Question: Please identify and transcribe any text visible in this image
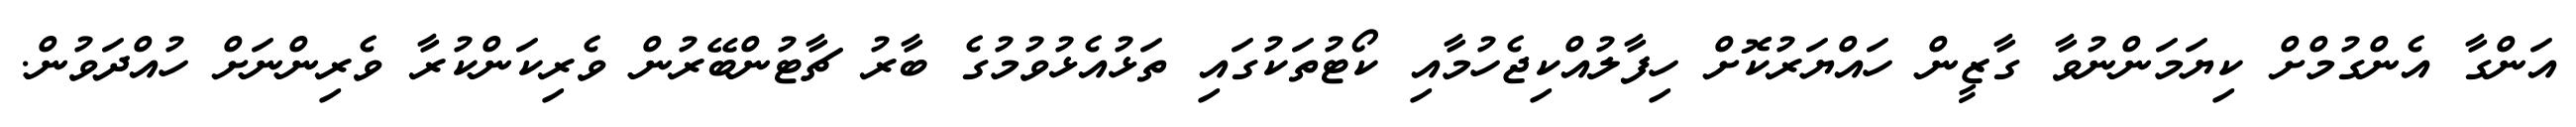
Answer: އަންގާ އެންގުމްށް ކިޔަމަންނުވާ ގާޒީން ހައްޔަރުކޮށް ހިފާލުއްކިޖެހުމާއި ކޯޓުތަކުގައި ތަޅުއެޅުވުމުގެ ބާރު ޗާޓުންބޭރުން ވެރިކަންކުރާ ވެރިންނަށް ހުއްދަވުން.